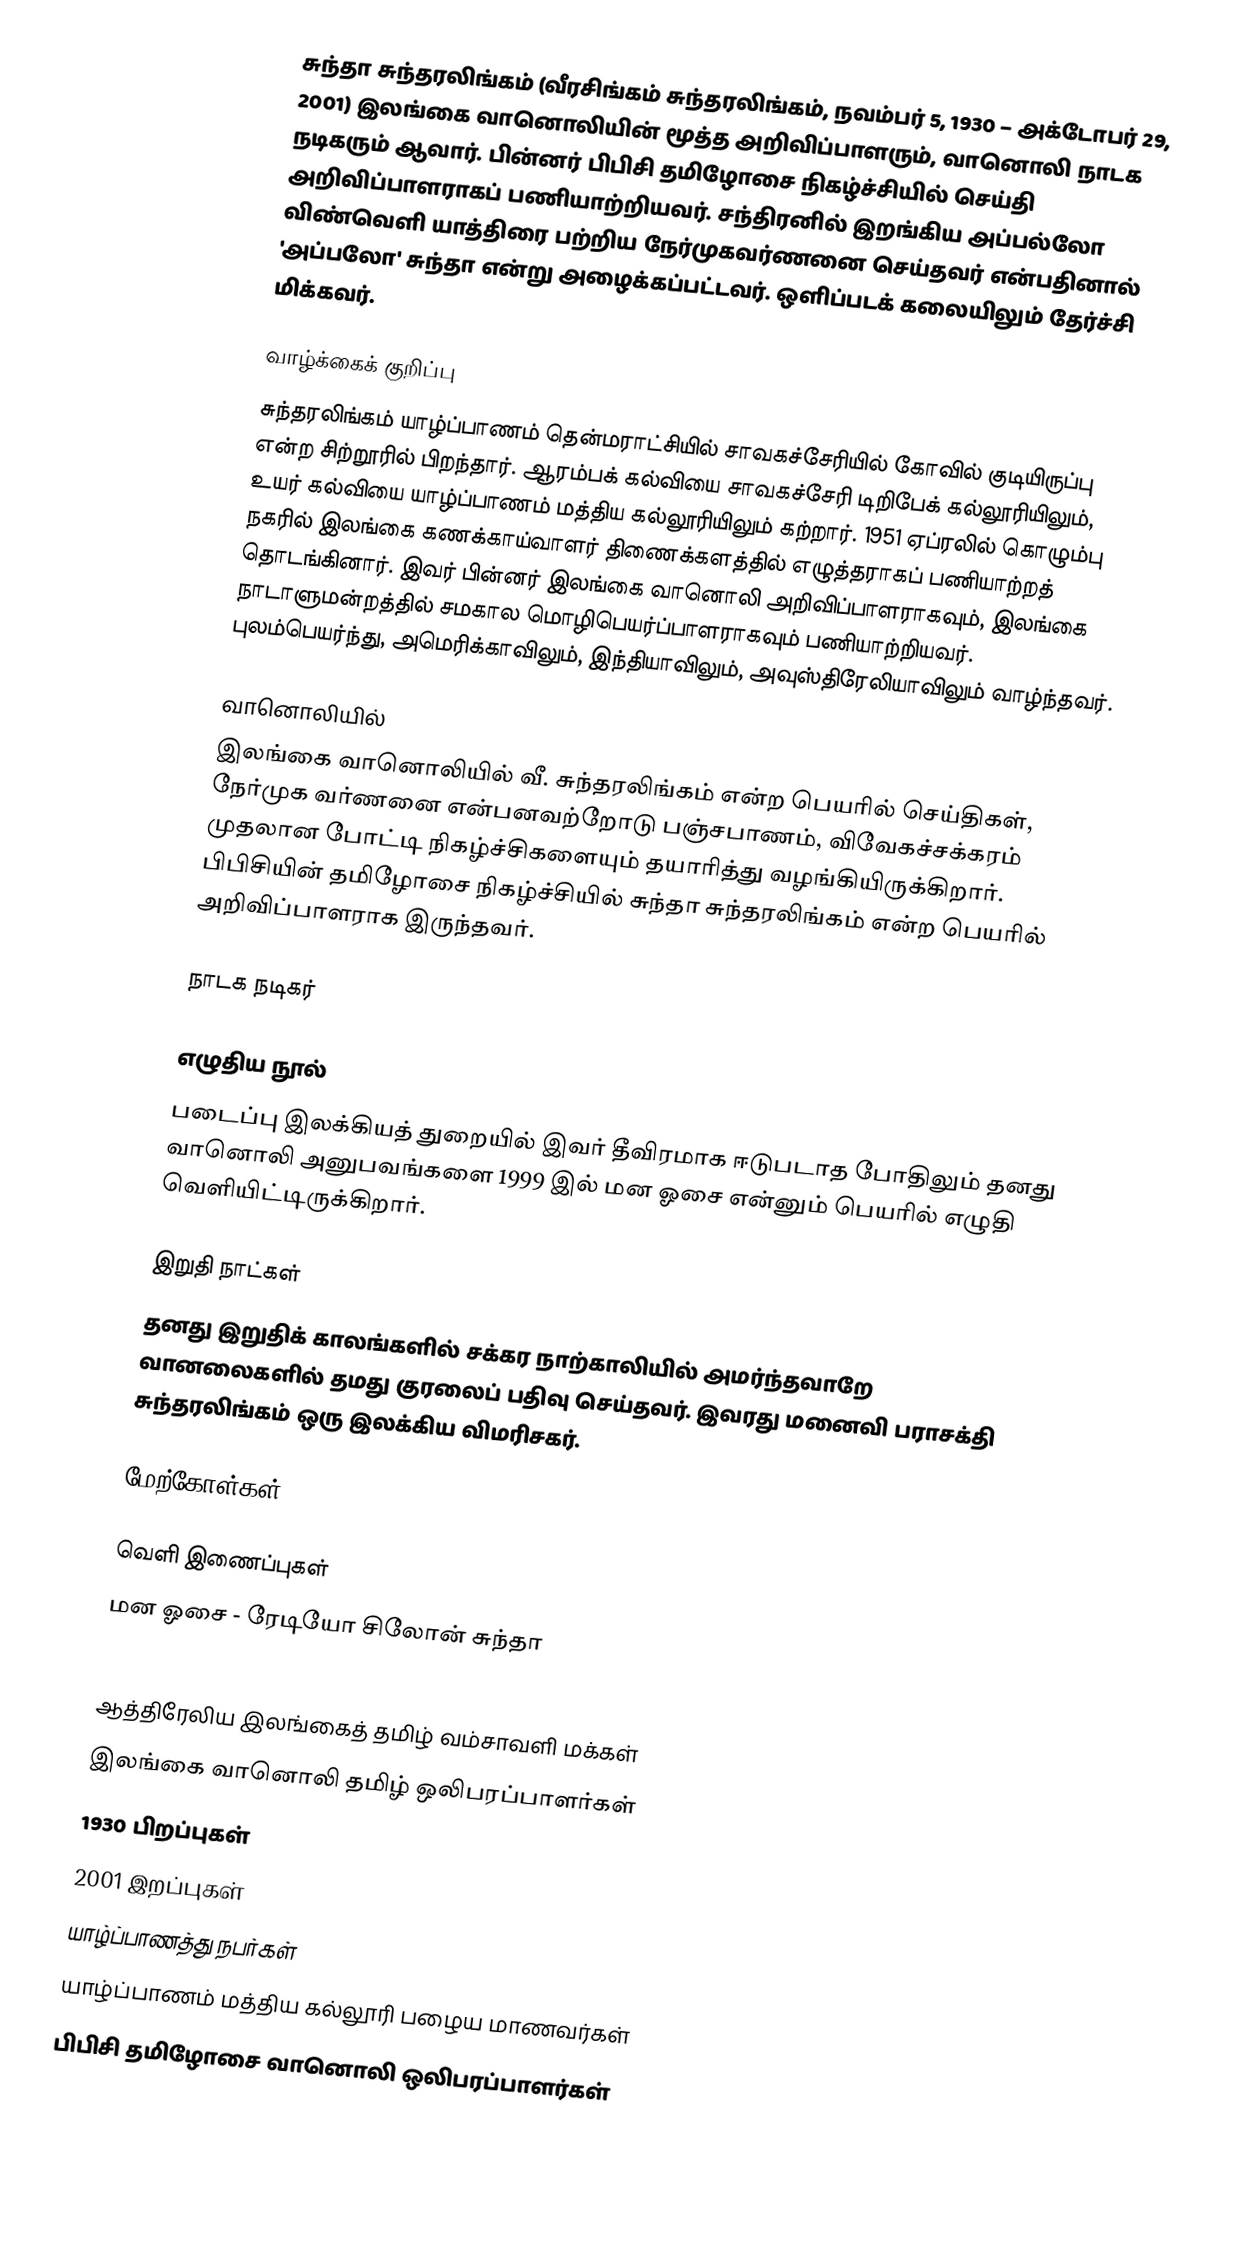
சுந்தா சுந்தரலிங்கம் (வீரசிங்கம் சுந்தரலிங்கம், நவம்பர் 5, 1930 – அக்டோபர் 29, 2001) இலங்கை வானொலியின் மூத்த அறிவிப்பாளரும், வானொலி நாடக நடிகரும் ஆவார். பின்னர் பிபிசி தமிழோசை நிகழ்ச்சியில் செய்தி அறிவிப்பாளராகப் பணியாற்றியவர். சந்திரனில் இறங்கிய அப்பல்லோ விண்வெளி யாத்திரை பற்றிய நேர்முகவர்ணனை செய்தவர் என்பதினால் 'அப்பலோ' சுந்தா என்று அழைக்கப்பட்டவர். ஒளிப்படக் கலையிலும் தேர்ச்சி மிக்கவர்.

வாழ்க்கைக் குறிப்பு
சுந்தரலிங்கம் யாழ்ப்பாணம் தென்மராட்சியில் சாவகச்சேரியில் கோவில் குடியிருப்பு என்ற சிற்றூரில் பிறந்தார். ஆரம்பக் கல்வியை சாவகச்சேரி டிறிபேக் கல்லூரியிலும், உயர் கல்வியை யாழ்ப்பாணம் மத்திய கல்லூரியிலும் கற்றார். 1951 ஏப்ரலில் கொழும்பு நகரில் இலங்கை கணக்காய்வாளர் திணைக்களத்தில் எழுத்தராகப் பணியாற்றத் தொடங்கினார். இவர் பின்னர் இலங்கை வானொலி அறிவிப்பாளராகவும், இலங்கை நாடாளுமன்றத்தில் சமகால மொழிபெயர்ப்பாளராகவும் பணியாற்றியவர். புலம்பெயர்ந்து, அமெரிக்காவிலும், இந்தியாவிலும், அவுஸ்திரேலியாவிலும் வாழ்ந்தவர்.

வானொலியில்
இலங்கை வானொலியில் வீ. சுந்தரலிங்கம் என்ற பெயரில் செய்திகள், நேர்முக வர்ணனை என்பனவற்றோடு பஞ்சபாணம், விவேகச்சக்கரம் முதலான போட்டி நிகழ்ச்சிகளையும் தயாரித்து வழங்கியிருக்கிறார். பிபிசியின் தமிழோசை நிகழ்ச்சியில் சுந்தா சுந்தரலிங்கம் என்ற பெயரில் அறிவிப்பாளராக இருந்தவர்.

நாடக நடிகர்

எழுதிய நூல்
படைப்பு இலக்கியத் துறையில் இவர் தீவிரமாக ஈடுபடாத போதிலும் தனது வானொலி அனுபவங்களை 1999 இல் மன ஓசை என்னும் பெயரில் எழுதி வெளியிட்டிருக்கிறார்.

இறுதி நாட்கள்
தனது இறுதிக் காலங்களில் சக்கர நாற்காலியில் அமர்ந்தவாறே வானலைகளில் தமது குரலைப் பதிவு செய்தவர். இவரது மனைவி பராசக்தி சுந்தரலிங்கம் ஒரு இலக்கிய விமரிசகர்.

மேற்கோள்கள்

வெளி இணைப்புகள்
 மன ஓசை - ரேடியோ சிலோன் சுந்தா

ஆத்திரேலிய இலங்கைத் தமிழ் வம்சாவளி மக்கள்
இலங்கை வானொலி தமிழ் ஒலிபரப்பாளர்கள்
1930 பிறப்புகள்
2001 இறப்புகள்
யாழ்ப்பாணத்து நபர்கள்
யாழ்ப்பாணம் மத்திய கல்லூரி பழைய மாணவர்கள்
பிபிசி தமிழோசை வானொலி ஒலிபரப்பாளர்கள்